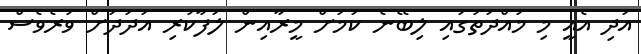
އަދި އެއީ މި މުއްދަތުގައި ލިބޭނެ ކަމަށް މީރާއިން ލަފާކުރި އަދަދަށް ވުރެވެސް